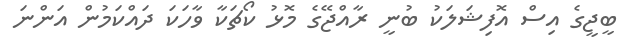
ބީޖީގެ އިސް އޮފިޝަލަކު ބުނީ ރާއްޖޭގެ މޮޅު ކޯޗަކާ ވާހަކަ ދައްކަމުން އަންނަ